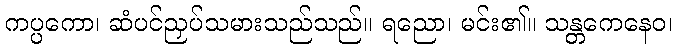
ကပ္ပကော၊ ဆံပင်ညှပ်သမားသည်သည်။ ရညော၊ မင်း၏။ သန္တကေနေဝ၊